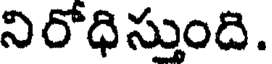
నిరోధిస్తుంది.